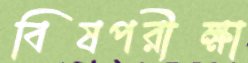
বিষপরীক্ষা